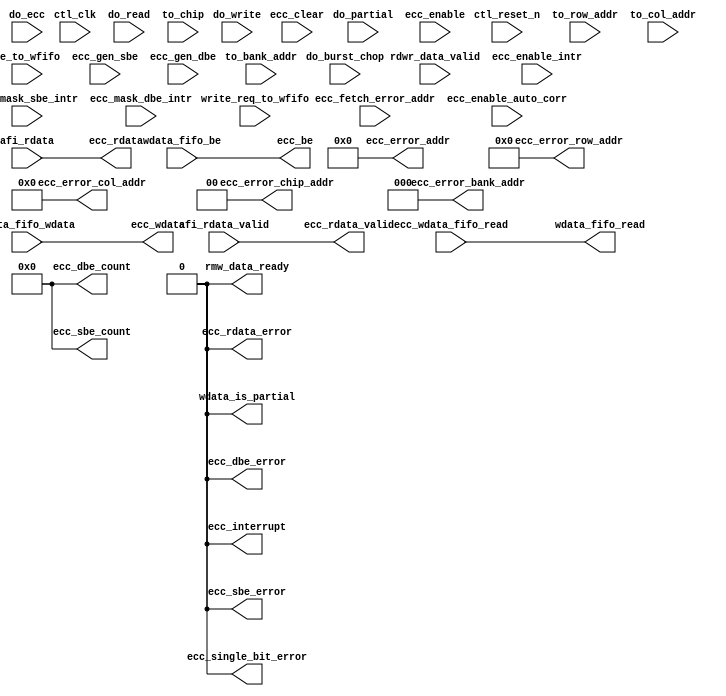
// (C) 2001-2011 Altera Corporation. All rights reserved.
// Your use of Altera Corporation's design tools, logic functions and other 
// software and tools, and its AMPP partner logic functions, and any output 
// files any of the foregoing (including device programming or simulation 
// files), and any associated documentation or information are expressly subject 
// to the terms and conditions of the Altera Program License Subscription 
// Agreement, Altera MegaCore Function License Agreement, or other applicable 
// license agreement, including, without limitation, that your use is for the 
// sole purpose of programming logic devices manufactured by Altera and sold by 
// Altera or its authorized distributors.  Please refer to the applicable 
// agreement for further details.




`timescale 1 ps / 1 ps

// altera message_off 10036 10230
module ddr2_v10_1_alt_ddrx_ecc #
    ( parameter
        LOCAL_DATA_WIDTH        = 128,
        DWIDTH_RATIO            = 2,
        CTL_ECC_ENABLED         = 0,
        CTL_ECC_RMW_ENABLED     = 0,
        CTL_ECC_CSR_ENABLED     = 0,
        CTL_ECC_MULTIPLES_40_72 = 1,
        CTL_ECC_RDATA_PATH_REGD = 0,            
        FAMILY                  = "Stratix",
        MEMORY_BURSTLENGTH      = 8,
        
        MEM_IF_CS_WIDTH         = 4,
        MEM_IF_CHIP_BITS        = 2,
        MEM_IF_ROW_WIDTH        = 13,
        MEM_IF_COL_WIDTH        = 10,
        MEM_IF_BA_WIDTH         = 3,
        MEM_IF_DQ_WIDTH         = 64
    )
    (
        ctl_clk,
        ctl_reset_n,
        
        do_read,                        
        do_write,
        do_ecc,                         
        do_partial,                     
        do_burst_chop,
        rdwr_data_valid,                
        ecc_fetch_error_addr,           
        to_chip,
        to_bank_addr,
        to_row_addr,
        to_col_addr,
        
        afi_rdata,
        afi_rdata_valid,
        
        ecc_wdata_fifo_read,
        
        write_req_to_wfifo,
        be_to_wfifo,
        
        wdata_fifo_be,                  
        wdata_fifo_wdata,
        
        ecc_enable,
        ecc_enable_auto_corr,
        ecc_gen_sbe,
        ecc_gen_dbe,
        ecc_enable_intr,
        ecc_mask_sbe_intr,
        ecc_mask_dbe_intr,
        ecc_clear,
        
        ecc_single_bit_error,
        ecc_error_chip_addr,
        ecc_error_bank_addr,
        ecc_error_row_addr,
        ecc_error_col_addr,
        rmw_data_ready,
        wdata_is_partial,
        
        ecc_interrupt,
        ecc_rdata_valid,
        ecc_rdata_error,
        ecc_rdata,
        ecc_be,
        ecc_wdata,
        
        wdata_fifo_read,
        
        ecc_sbe_error,
        ecc_dbe_error,
        ecc_sbe_count,
        ecc_dbe_count,
        ecc_error_addr
    );

localparam LOCAL_BE_WIDTH  = LOCAL_DATA_WIDTH / 8;
localparam ECC_DATA_WIDTH  = MEM_IF_DQ_WIDTH * DWIDTH_RATIO;
localparam ECC_BE_WIDTH    = ECC_DATA_WIDTH / 8;
localparam ECC_CODE_WIDTH  = 8; 

localparam NUMBER_OF_INSTANCE = DWIDTH_RATIO * CTL_ECC_MULTIPLES_40_72; 

localparam LOCAL_BE_PER_WORD_WIDTH   = (NUMBER_OF_INSTANCE != 0) ? (LOCAL_BE_WIDTH   / (NUMBER_OF_INSTANCE)) : 0;
localparam LOCAL_DATA_PER_WORD_WIDTH = (NUMBER_OF_INSTANCE != 0) ? (LOCAL_DATA_WIDTH / (NUMBER_OF_INSTANCE)) : 0;
localparam ECC_DATA_PER_WORD_WIDTH   = (NUMBER_OF_INSTANCE != 0) ? (ECC_DATA_WIDTH   / (NUMBER_OF_INSTANCE)) : 0;
localparam ECC_BE_PER_WORD_WIDTH     = (NUMBER_OF_INSTANCE != 0) ? (ECC_BE_WIDTH     / (NUMBER_OF_INSTANCE)) : 0;

localparam ADDR_FIFO_WIDTH = MEM_IF_CHIP_BITS + MEM_IF_BA_WIDTH + MEM_IF_ROW_WIDTH + MEM_IF_COL_WIDTH;

localparam RDWR_DATA_VALID_MAX_LENGTH = MEMORY_BURSTLENGTH / DWIDTH_RATIO;

input ctl_clk;
input ctl_reset_n;

input do_read;
input do_write;
input do_ecc;
input do_partial;
input do_burst_chop;
input rdwr_data_valid;
input ecc_fetch_error_addr;
input [MEM_IF_CS_WIDTH  - 1 : 0] to_chip;
input [MEM_IF_BA_WIDTH  - 1 : 0] to_bank_addr;
input [MEM_IF_ROW_WIDTH - 1 : 0] to_row_addr;
input [MEM_IF_COL_WIDTH - 1 : 0] to_col_addr;

input [ECC_DATA_WIDTH   - 1 : 0] afi_rdata;
input [DWIDTH_RATIO / 2 - 1 : 0] afi_rdata_valid;

input ecc_wdata_fifo_read;

input write_req_to_wfifo;
input [LOCAL_BE_WIDTH - 1 : 0] be_to_wfifo;

input [LOCAL_BE_WIDTH - 1 : 0]   wdata_fifo_be;
input [LOCAL_DATA_WIDTH - 1 : 0] wdata_fifo_wdata;

input ecc_enable;
input ecc_enable_auto_corr;
input ecc_gen_sbe;
input ecc_gen_dbe;
input ecc_enable_intr;
input ecc_mask_sbe_intr;
input ecc_mask_dbe_intr;
input ecc_clear;

output rmw_data_ready;
output ecc_single_bit_error;
output wdata_is_partial;
output [MEM_IF_CHIP_BITS - 1 : 0] ecc_error_chip_addr;
output [MEM_IF_BA_WIDTH  - 1 : 0] ecc_error_bank_addr;
output [MEM_IF_ROW_WIDTH - 1 : 0] ecc_error_row_addr;
output [MEM_IF_COL_WIDTH - 1 : 0] ecc_error_col_addr;

output ecc_interrupt;
output ecc_rdata_error;
output [DWIDTH_RATIO / 2 - 1 : 0] ecc_rdata_valid;
output [LOCAL_DATA_WIDTH - 1 : 0] ecc_rdata;
output [ECC_BE_WIDTH     - 1 : 0] ecc_be;
output [ECC_DATA_WIDTH   - 1 : 0] ecc_wdata;

output wdata_fifo_read;

output          ecc_sbe_error;
output          ecc_dbe_error;
output [7  : 0] ecc_sbe_count;
output [7  : 0] ecc_dbe_count;
output [31 : 0] ecc_error_addr;

wire rmw_data_ready;
wire ecc_single_bit_error;
wire wdata_is_partial;
wire [MEM_IF_CHIP_BITS - 1 : 0] ecc_error_chip_addr;
wire [MEM_IF_BA_WIDTH  - 1 : 0] ecc_error_bank_addr;
wire [MEM_IF_ROW_WIDTH - 1 : 0] ecc_error_row_addr;
wire [MEM_IF_COL_WIDTH - 1 : 0] ecc_error_col_addr;

wire ecc_interrupt;
wire ecc_rdata_error;
wire [DWIDTH_RATIO / 2 - 1 : 0] ecc_rdata_valid;
wire [LOCAL_DATA_WIDTH - 1 : 0] ecc_rdata;
wire [ECC_BE_WIDTH     - 1 : 0] ecc_be;
wire [ECC_DATA_WIDTH   - 1 : 0] ecc_wdata;

wire wdata_fifo_read;

wire          ecc_sbe_error;
wire          ecc_dbe_error;
wire [7  : 0] ecc_sbe_count;
wire [7  : 0] ecc_dbe_count;
wire [31 : 0] ecc_error_addr;

generate
    if (!CTL_ECC_ENABLED) 
    begin
        assign rmw_data_ready       = 0;
        assign ecc_single_bit_error = 0;
        assign ecc_error_chip_addr  = 0;
        assign ecc_error_bank_addr  = 0;
        assign ecc_error_row_addr   = 0;
        assign ecc_error_col_addr   = 0;
        assign wdata_is_partial     = 0;
        
        assign ecc_interrupt        = 0;
        assign ecc_rdata_valid      = afi_rdata_valid;
        assign ecc_rdata_error      = 0;
        assign ecc_rdata            = afi_rdata;
        assign ecc_be               = wdata_fifo_be;
        assign ecc_wdata            = wdata_fifo_wdata;
        
        assign wdata_fifo_read      = ecc_wdata_fifo_read;
        
        assign ecc_sbe_error        = 0;
        assign ecc_dbe_error        = 0;
        assign ecc_sbe_count        = 0;
        assign ecc_dbe_count        = 0;
        assign ecc_error_addr       = 0;
    end
    else 
    begin
        
        reg do_read_r1;
        reg do_read_r2;
        reg do_read_r3;
        reg do_burst_chop_r1;
        reg do_burst_chop_r2;
        reg do_burst_chop_r3;
        reg read_addr_fifo_rd;
        reg read_addr_fifo_wr;
        reg [ADDR_FIFO_WIDTH : 0] read_addr_fifo_wr_data;
        reg [ADDR_FIFO_WIDTH : 0] to_addr_r1;
        reg [ADDR_FIFO_WIDTH : 0] to_addr_r2;
        reg [ADDR_FIFO_WIDTH : 0] to_addr_r3;
        reg [2 : 0]               read_size_count;
        reg [2 : 0]               rdata_valid_count;
        
        wire scfifo_reset;
        
        wire read_addr_fifo_full;
        wire read_addr_fifo_empty;
        wire [ADDR_FIFO_WIDTH + 3 : 0] read_addr_fifo_rd_data; 
        
        reg  error_addr_fifo_wr;
        
        wire error_addr_fifo_rd;
        wire error_addr_fifo_full;
        wire error_addr_fifo_empty;
        wire [ADDR_FIFO_WIDTH - 1 : 0] error_addr_fifo_rd_data;
        wire [ADDR_FIFO_WIDTH - 1 : 0] error_addr_fifo_wr_data;
        
        reg  [LOCAL_DATA_WIDTH - 1 : 0] ecc_rdata_r1;
        
        reg  int_rmw_data_ready;
        reg  rmw_data_fifo_wr;
        reg  rmw_data_fifo_rd;
        reg  [NUMBER_OF_INSTANCE - 1 : 0]                  rmw_data_double_bit_error_r1;
        reg  [ECC_CODE_WIDTH * NUMBER_OF_INSTANCE - 1 : 0] rmw_data_ecc_code_r1;
        
        wire rmw_data_fifo_full;
        wire rmw_data_fifo_empty;
        wire [ECC_DATA_WIDTH + NUMBER_OF_INSTANCE - 1 : 0] rmw_data_fifo_rd_data;
        wire [ECC_DATA_WIDTH + NUMBER_OF_INSTANCE - 1 : 0] rmw_data_fifo_wr_data;
        wire [NUMBER_OF_INSTANCE                  - 1 : 0] rmw_data_double_bit_error;
        wire [ECC_CODE_WIDTH * NUMBER_OF_INSTANCE - 1 : 0] rmw_data_ecc_code;
        wire [NUMBER_OF_INSTANCE                  - 1 : 0] rmw_data_be;
        wire [LOCAL_DATA_WIDTH                    - 1 : 0] rmw_data;
        
        reg  [NUMBER_OF_INSTANCE - 1 : 0] int_single_bit_error;
        reg  [NUMBER_OF_INSTANCE - 1 : 0] int_double_bit_error;
        
        reg ecc_wdata_fifo_read_r1;
        reg ecc_wdata_fifo_read_r2;
        reg ecc_wdata_fifo_read_r3;
        
        reg int_afi_rdata_valid_r1; 
        
        reg afi_rdata_single_bit_error;
        
        reg [MEM_IF_CHIP_BITS - 1 : 0] to_chip_addr;
        
        reg [2 : 0] read_addr_fifo_read_size_count;
        
        reg int_ecc_rdata_valid;
        
        reg int_wdata_fifo_read;
        
        reg doing_partial_read;
        reg doing_partial_write;
        reg doing_partial_write_r1;
        reg doing_partial_write_r2;
        
        reg doing_ecc_read;
        reg doing_ecc_write;
        reg doing_ecc_write_r1;
        reg doing_ecc_write_r2;
        
        reg [LOCAL_DATA_WIDTH - 1 : 0] int_ecc_corrected_wdata;
        
        reg int_partial_write;
        
        reg int_ecc_interrupt;
        
        wire [NUMBER_OF_INSTANCE - 1 : 0] decoder_err_detected;
        wire [NUMBER_OF_INSTANCE - 1 : 0] decoder_err_corrected;
        wire [NUMBER_OF_INSTANCE - 1 : 0] decoder_err_fatal;
        
        wire zero = 1'b0;
        
        assign wdata_fifo_read = int_wdata_fifo_read;
        assign rmw_data_ready  = int_rmw_data_ready;
        assign ecc_rdata_valid = {{((DWIDTH_RATIO / 2) - 1){1'b0}}, int_ecc_rdata_valid};
        assign ecc_rdata_error = (ecc_enable) ? |decoder_err_fatal : 1'b0; 
        
        assign wdata_is_partial = int_partial_write;
        
        /*------------------------------------------------------------------------------
        
            AFI Read Data Path
        
        ------------------------------------------------------------------------------*/
        reg [ECC_DATA_WIDTH - 1 : 0] int_afi_rdata;
        reg [DWIDTH_RATIO/2 - 1 : 0] int_afi_rdata_valid;
        
        if (CTL_ECC_RDATA_PATH_REGD)
        begin
            always @ (posedge ctl_clk or negedge ctl_reset_n)
            begin
                if (!ctl_reset_n)
                begin
                    int_afi_rdata       <= 0;
                    int_afi_rdata_valid <= 0;
                end
                else
                begin
                    int_afi_rdata       <= afi_rdata;
                    int_afi_rdata_valid <= afi_rdata_valid;
                end
            end
        end
        else
        begin
            always @ (*)
            begin
                int_afi_rdata       = afi_rdata;
                int_afi_rdata_valid = afi_rdata_valid;
            end
        end
        
        /*------------------------------------------------------------------------------
        
            CSR Information
        
        ------------------------------------------------------------------------------*/
        reg          int_ecc_sbe_error;
        reg          int_ecc_dbe_error;
        reg [7  : 0] int_ecc_sbe_count;
        reg [7  : 0] int_ecc_dbe_count;
        reg [31 : 0] int_ecc_error_addr;
        
        if (!CTL_ECC_CSR_ENABLED) 
        begin
            assign ecc_sbe_error  = 0;
            assign ecc_dbe_error  = 0;
            assign ecc_sbe_count  = 0;
            assign ecc_dbe_count  = 0;
            assign ecc_error_addr = 0;
        end
        else
        begin
            assign ecc_sbe_error  = int_ecc_sbe_error;
            assign ecc_dbe_error  = int_ecc_dbe_error;
            assign ecc_sbe_count  = int_ecc_sbe_count;
            assign ecc_dbe_count  = int_ecc_dbe_count;
            assign ecc_error_addr = int_ecc_error_addr;
            
            always @ (posedge ctl_clk or negedge ctl_reset_n)
            begin
                if (!ctl_reset_n)
                begin
                    int_ecc_sbe_error <= 1'b0;
                    int_ecc_dbe_error <= 1'b0;
                end
                else
                begin
                    if (ecc_clear)
                        int_ecc_sbe_error <= 1'b0;
                    else if (|int_single_bit_error && int_afi_rdata_valid_r1)
                        int_ecc_sbe_error <= 1'b1;
                    
                    if (ecc_clear)
                        int_ecc_dbe_error <= 1'b0;
                    else if (|int_double_bit_error && int_afi_rdata_valid_r1)
                        int_ecc_dbe_error <= 1'b1;
                end
            end
            
            always @ (posedge ctl_clk or negedge ctl_reset_n)
            begin
                if (!ctl_reset_n)
                begin
                    int_ecc_sbe_count <= 0;
                    int_ecc_dbe_count <= 0;
                end
                else
                begin
                    if (ecc_clear)
                        int_ecc_sbe_count <= 0;
                    else if (|int_single_bit_error && int_afi_rdata_valid_r1) 
                        int_ecc_sbe_count <= int_ecc_sbe_count + 1;
                    
                    if (ecc_clear)
                        int_ecc_dbe_count <= 0;
                    else if (|int_double_bit_error && int_afi_rdata_valid_r1) 
                        int_ecc_dbe_count <= int_ecc_dbe_count + 1;
                end
            end
            
            always @ (posedge ctl_clk or negedge ctl_reset_n)
            begin
                if (!ctl_reset_n)
                begin
                    int_ecc_error_addr <= 0;
                end
                else
                begin
                    if (ecc_clear)
                        int_ecc_error_addr <= 0;
                    else if ((|int_single_bit_error || |int_double_bit_error) && int_afi_rdata_valid_r1) 
                        int_ecc_error_addr <= read_addr_fifo_rd_data [ADDR_FIFO_WIDTH - 1 : 0]; 
                end
            end
        end
        
        /*------------------------------------------------------------------------------
        
            Encoder and Decoder Instantiation
        
        ------------------------------------------------------------------------------*/
        reg [1 : 0] bit_error;
        reg [ECC_DATA_WIDTH - 1 : 0] int_afi_rdata_r1;
        
        always @ (posedge ctl_clk or negedge ctl_reset_n)
        begin
            if (!ctl_reset_n)
                bit_error <= 0;
            else
            begin
                if (ecc_gen_sbe)
                    bit_error <= 2'b01;
                else if (ecc_gen_dbe)
                    bit_error <= 2'b11;
                else
                    bit_error <= 2'b00;
            end
        end
        
        always @ (posedge ctl_clk or negedge ctl_reset_n)
        begin
            if (!ctl_reset_n)
                int_afi_rdata_r1 <= 0;
            else
                int_afi_rdata_r1 <= int_afi_rdata;
        end
        
        genvar z;
        for (z = 0;z < NUMBER_OF_INSTANCE;z = z + 1)
        begin : encoder_instantiation
            wire [LOCAL_DATA_PER_WORD_WIDTH                - 1 : 0] int_wdata_fifo_wdata;
            wire [LOCAL_DATA_PER_WORD_WIDTH                - 1 : 0] int_rmw_wdata;
            wire [ECC_DATA_PER_WORD_WIDTH                  - 1 : 0] int_ecc_wdata;
            wire [ECC_DATA_PER_WORD_WIDTH                  - 1 : 0] int_ecc_wdata_rmw;
            wire [LOCAL_BE_PER_WORD_WIDTH                  - 1 : 0] int_wdata_fifo_be;
            wire [LOCAL_DATA_PER_WORD_WIDTH                - 1 : 0] int_ecc_rdata;
            
            reg  [ECC_BE_PER_WORD_WIDTH                    - 1 : 0] int_ecc_be;
            reg  [ECC_CODE_WIDTH                           - 1 : 0] altered_ecc_code;
            reg  [LOCAL_DATA_PER_WORD_WIDTH                - 1 : 0] altered_ecc_rdata;
            reg  [ECC_DATA_PER_WORD_WIDTH - ECC_CODE_WIDTH - 1 : 0] altered_ecc_wdata;
            
            /*------------------------------------------------------------------------------
                Read Data
            ------------------------------------------------------------------------------*/
            assign ecc_rdata [(z + 1) * LOCAL_DATA_PER_WORD_WIDTH - 1 : z * LOCAL_DATA_PER_WORD_WIDTH] = altered_ecc_rdata;
            
            always @ (*)
            begin
                if (ecc_enable)
                    altered_ecc_rdata = int_ecc_rdata;
                else
                    altered_ecc_rdata = int_afi_rdata_r1 [(z + 1) * ECC_DATA_PER_WORD_WIDTH - ECC_CODE_WIDTH - 1 : z * ECC_DATA_PER_WORD_WIDTH];
            end
            
            /*------------------------------------------------------------------------------
                Write Data
            ------------------------------------------------------------------------------*/
            assign ecc_wdata [(z + 1) * ECC_DATA_PER_WORD_WIDTH - 1 : z * ECC_DATA_PER_WORD_WIDTH + LOCAL_DATA_PER_WORD_WIDTH] = altered_ecc_code;
            
            assign ecc_wdata [(z + 1) * ECC_DATA_PER_WORD_WIDTH - ECC_CODE_WIDTH - 1 : z * ECC_DATA_PER_WORD_WIDTH]            = altered_ecc_wdata;
            
            assign ecc_be    [(z + 1) * ECC_BE_PER_WORD_WIDTH - 1 : z * ECC_BE_PER_WORD_WIDTH]                                 = int_ecc_be;
            
            always @ (*)
            begin
                if (CTL_ECC_RMW_ENABLED && doing_ecc_write_r2)
                    altered_ecc_wdata = {int_ecc_wdata_rmw [ECC_DATA_PER_WORD_WIDTH - ECC_CODE_WIDTH - 1 : 2], (bit_error [1] ^ int_ecc_wdata_rmw [1]), (bit_error [0] ^ int_ecc_wdata_rmw [0])};
                else if (doing_partial_write_r2)
                    altered_ecc_wdata = {int_ecc_wdata_rmw [ECC_DATA_PER_WORD_WIDTH - ECC_CODE_WIDTH - 1 : 2], (bit_error [1] ^ int_ecc_wdata_rmw [1]), (bit_error [0] ^ int_ecc_wdata_rmw [0])};
                else
                    altered_ecc_wdata = {int_ecc_wdata [ECC_DATA_PER_WORD_WIDTH - ECC_CODE_WIDTH - 1 : 2], (bit_error [1] ^ int_ecc_wdata [1]), (bit_error [0] ^ int_ecc_wdata [0])};
            end
            
            always @ (*)
            begin
                if (CTL_ECC_RMW_ENABLED && doing_ecc_write_r2)
                begin
                    if (rmw_data_double_bit_error_r1 [z]) 
                        altered_ecc_code = rmw_data_ecc_code_r1 [(z + 1) * ECC_CODE_WIDTH - 1 : z * ECC_CODE_WIDTH];
                    else
                        altered_ecc_code = int_ecc_wdata_rmw [ECC_DATA_PER_WORD_WIDTH - 1 : LOCAL_DATA_PER_WORD_WIDTH];
                end
                else if (doing_partial_write_r2)
                    altered_ecc_code = int_ecc_wdata_rmw [ECC_DATA_PER_WORD_WIDTH - 1 : LOCAL_DATA_PER_WORD_WIDTH];
                else
                    altered_ecc_code = int_ecc_wdata [ECC_DATA_PER_WORD_WIDTH - 1 : LOCAL_DATA_PER_WORD_WIDTH];
            end
            
            assign int_rmw_wdata        = rmw_data [(z + 1) * LOCAL_DATA_PER_WORD_WIDTH - 1 : z * LOCAL_DATA_PER_WORD_WIDTH];
            
            assign int_wdata_fifo_wdata = wdata_fifo_wdata [(z + 1) * LOCAL_DATA_PER_WORD_WIDTH - 1 : z * LOCAL_DATA_PER_WORD_WIDTH];
            
            assign int_wdata_fifo_be    = wdata_fifo_be [(z + 1) * LOCAL_BE_PER_WORD_WIDTH - 1 : z * LOCAL_BE_PER_WORD_WIDTH];
            
            always @ (posedge ctl_clk or negedge ctl_reset_n)
            begin
                if (!ctl_reset_n)
                begin
                    int_ecc_be <= 0;
                end
                else
                begin
                    if (ecc_enable)
                    begin
                        int_ecc_be <= {ECC_BE_PER_WORD_WIDTH{1'b1}};
                    end
                    else
                        int_ecc_be <= {{(ECC_BE_PER_WORD_WIDTH - LOCAL_BE_PER_WORD_WIDTH){1'b0}}, int_wdata_fifo_be};
                end
            end
            
            
            ddr2_v10_1_alt_ddrx_encoder # (
                .INPUT_DATA_WIDTH  (LOCAL_DATA_PER_WORD_WIDTH),
                .OUTPUT_DATA_WIDTH (ECC_DATA_PER_WORD_WIDTH)
            ) encoder_corrected_inst (
                .ctl_clk     (ctl_clk),
                .input_data  (int_rmw_wdata),
                .output_data (int_ecc_wdata_rmw)
            );
            
            ddr2_v10_1_alt_ddrx_encoder # (
                .INPUT_DATA_WIDTH  (LOCAL_DATA_PER_WORD_WIDTH),
                .OUTPUT_DATA_WIDTH (ECC_DATA_PER_WORD_WIDTH)
            ) encoder_inst (
                .ctl_clk     (ctl_clk),
                .input_data  (int_wdata_fifo_wdata),
                .output_data (int_ecc_wdata)
            );
            
            ddr2_v10_1_alt_ddrx_decoder # (
                .INPUT_DATA_WIDTH  (ECC_DATA_PER_WORD_WIDTH),
                .OUTPUT_DATA_WIDTH (LOCAL_DATA_PER_WORD_WIDTH)
            ) decoder_inst (
                .ctl_clk       (ctl_clk),
                .input_data    (int_afi_rdata [(z + 1) * ECC_DATA_PER_WORD_WIDTH - 1 : z * ECC_DATA_PER_WORD_WIDTH]),
                .err_corrected (decoder_err_corrected [z]),
                .err_detected  (decoder_err_detected [z]),
                .err_fatal     (decoder_err_fatal [z]),
                .output_data   (int_ecc_rdata)
            );
            
            always @ (*)
            begin
                if (decoder_err_detected [z] && ecc_enable)
                begin
                    if (decoder_err_corrected [z])
                    begin
                        int_single_bit_error [z] = 1'b1;
                        int_double_bit_error [z] = 1'b0;
                    end
                    else if (decoder_err_fatal [z])
                    begin
                        int_single_bit_error [z] = 1'b0;
                        int_double_bit_error [z] = 1'b1;
                    end
                    else
                    begin
                        int_single_bit_error [z] = 1'b0;
                        int_double_bit_error [z] = 1'b0;
                    end
                end
                else
                begin
                    int_single_bit_error [z] = 1'b0;
                    int_double_bit_error [z] = 1'b0;
                end
            end
        end
        
        /*------------------------------------------------------------------------------
        
            Partial Information
        
        ------------------------------------------------------------------------------*/
        always @ (*)
        begin
            if (ecc_enable)
            begin
                if (be_to_wfifo == {LOCAL_BE_WIDTH{1'b1}})
                    int_partial_write = 1'b0;
                else
                    int_partial_write = 1'b1;
            end
            else
                int_partial_write = 1'b0;
        end
        
        /*------------------------------------------------------------------------------
        
            Address FIFO
        
        ------------------------------------------------------------------------------*/
        assign scfifo_reset = !ctl_reset_n; 
        
        if (MEM_IF_CS_WIDTH == 1)
        begin
            always @ (*)
            begin
                to_chip_addr = zero;
            end
        end
        else if (MEM_IF_CS_WIDTH == 2)
        begin
            always @ (*)
            begin
                if (to_chip [0])
                    to_chip_addr = 1'b0;
                else if (to_chip [1])
                    to_chip_addr = 1'b1;
                else
                    to_chip_addr = 1'b0;
            end
        end
        else if (MEM_IF_CS_WIDTH == 4)
        begin
            always @ (*)
            begin
                if (to_chip [0])
                    to_chip_addr = 2'b00;
                else if (to_chip [1])
                    to_chip_addr = 2'b01;
                else if (to_chip [2])
                    to_chip_addr = 2'b10;
                else if (to_chip [3])
                    to_chip_addr = 2'b11;
                else
                    to_chip_addr = 2'b00;
            end
        end
        else if (MEM_IF_CS_WIDTH == 8)
        begin
            always @ (*)
            begin
                if (to_chip [0])
                    to_chip_addr = 3'b000;
                else if (to_chip [1])
                    to_chip_addr = 3'b001;
                else if (to_chip [2])
                    to_chip_addr = 3'b010;
                else if (to_chip [3])
                    to_chip_addr = 3'b011;
                else if (to_chip [4])
                    to_chip_addr = 3'b100;
                else if (to_chip [5])
                    to_chip_addr = 3'b101;
                else if (to_chip [6])
                    to_chip_addr = 3'b110;
                else if (to_chip [7])
                    to_chip_addr = 3'b111;
                else
                    to_chip_addr = 3'b000;
            end
        end
        
        /*------------------------------------------------------------------------------
            Read Address FIFO
        ------------------------------------------------------------------------------*/
        always @ (*)
        begin
            if (read_addr_fifo_full)
            begin
				// synthesis translate_off
                $write($time);
                $write(" DDRX ECC Warning: Read address fifo overflow\n");
				// synthesis translate_on
            end
        end
        
        always @ (posedge ctl_clk or negedge ctl_reset_n)
        begin
            if (!ctl_reset_n)
            begin
                do_burst_chop_r1 <= 1'b0;
                do_burst_chop_r2 <= 1'b0;
                do_burst_chop_r3 <= 1'b0;
            end
            else
            begin
                do_burst_chop_r1 <= do_burst_chop;
                do_burst_chop_r2 <= do_burst_chop_r1;
                do_burst_chop_r3 <= do_burst_chop_r2;
            end
        end
        
        always @ (posedge ctl_clk or negedge ctl_reset_n)
        begin
            if (!ctl_reset_n)
            begin
                do_read_r1 <= 1'b0;
                do_read_r2 <= 1'b0;
                do_read_r3 <= 1'b0;
            end
            else
            begin
                do_read_r1 <= do_read;
                do_read_r2 <= do_read_r1;
                do_read_r3 <= do_read_r2;
            end
        end
        
        always @ (posedge ctl_clk or negedge ctl_reset_n)
        begin
            if (!ctl_reset_n)
            begin
                read_size_count <= 0;
            end
            else
            begin
                if (do_read && rdwr_data_valid) 
                    read_size_count <= 1'b1;
                else if (do_read && !rdwr_data_valid) 
                    read_size_count <= 1'b0;
                else
                begin
                    if (RDWR_DATA_VALID_MAX_LENGTH == 4) 
                    begin
                        if (do_read_r1 && rdwr_data_valid)
                            read_size_count <= read_size_count + 1'b1;
                        else if (do_read_r2 && !do_burst_chop_r2 && rdwr_data_valid) 
                            read_size_count <= read_size_count + 1'b1;
                        else if (do_read_r3 && !do_burst_chop_r3 && rdwr_data_valid) 
                            read_size_count <= read_size_count + 1'b1;
                    end
                    else if (RDWR_DATA_VALID_MAX_LENGTH == 2) 
                    begin
                        if (do_read_r1 && !do_burst_chop_r1 && rdwr_data_valid) 
                            read_size_count <= read_size_count + 1'b1;
                    end
                end
            end
        end
        
        always @ (posedge ctl_clk or negedge ctl_reset_n)
        begin
            if (!ctl_reset_n)
            begin
                to_addr_r1 <= 0;
                to_addr_r2 <= 0;
                to_addr_r3 <= 0;
            end
            else
            begin
                to_addr_r1 <= {(do_ecc | do_partial), to_chip_addr, to_bank_addr, to_row_addr, to_col_addr}; 
                to_addr_r2 <= to_addr_r1;
                to_addr_r3 <= to_addr_r2;
            end
        end
        
        always @ (posedge ctl_clk or negedge ctl_reset_n)
        begin
            if (!ctl_reset_n)
            begin
                read_addr_fifo_wr      <= 1'b0;
                read_addr_fifo_wr_data <= 0;
            end
            else
            begin
                if (RDWR_DATA_VALID_MAX_LENGTH == 2) 
                begin
                    read_addr_fifo_wr      <= do_read_r1;
                    read_addr_fifo_wr_data <= to_addr_r1;
                end
                else if (RDWR_DATA_VALID_MAX_LENGTH == 4) 
                begin
                    read_addr_fifo_wr      <= do_read_r3;
                    read_addr_fifo_wr_data <= to_addr_r3;
                end
            end
        end
        
        always @ (posedge ctl_clk or negedge ctl_reset_n)
        begin
            if (!ctl_reset_n)
            begin
                rdata_valid_count <= 0;
            end
            else
            begin
                if (int_afi_rdata_valid [0] && read_addr_fifo_rd) 
                    rdata_valid_count <= 1'b1;
                else if (int_afi_rdata_valid [0])
                    rdata_valid_count <= rdata_valid_count + 1'b1;
                else
                    rdata_valid_count <= 0;
            end
        end
        
        always @ (*)
        begin
            if (rdata_valid_count != 0)
            begin
                if (rdata_valid_count == read_addr_fifo_rd_data [ADDR_FIFO_WIDTH + 3 : ADDR_FIFO_WIDTH + 1])
                    read_addr_fifo_rd = 1'b1;
                else
                    read_addr_fifo_rd = 1'b0;
            end
            else
                read_addr_fifo_rd = 1'b0;
        end
        
        /*
        reg [31 : 0] read_addr_fifo_rd_cnt;
        reg [31 : 0] read_addr_fifo_wr_cnt;
        
        always @ (posedge ctl_clk or negedge ctl_reset_n)
        begin
            if (!ctl_reset_n)
            begin
                read_addr_fifo_rd_cnt <= 0;
                read_addr_fifo_wr_cnt <= 0;
            end
            else
            begin
                if (read_addr_fifo_rd)
                    read_addr_fifo_rd_cnt <= read_addr_fifo_rd_cnt + 1'b1;
                
                if (read_addr_fifo_wr)
                    read_addr_fifo_wr_cnt <= read_addr_fifo_wr_cnt + 1'b1;
            end
        end
        */
        /*
        reg [31 : 0] ecc_read_count;
        reg [31 : 0] ecc_write_count;
        
        always @ (posedge ctl_clk or negedge ctl_reset_n)
        begin
            if (!ctl_reset_n)
            begin
                ecc_read_count  <= 0;
                ecc_write_count <= 0;
            end
            else
            begin
                if (do_ecc && do_read)
                    ecc_read_count <= ecc_read_count + 1'b1;
                
                if (do_ecc && do_write)
                    ecc_write_count <= ecc_write_count + 1'b1;
            end
        end
        */
        
        (* message_disable = "14320" *) scfifo #
            (
                .intended_device_family  (FAMILY),
                .lpm_width               (ADDR_FIFO_WIDTH + 4),         
                .lpm_numwords            (16),                          
                .lpm_widthu              (4),                           
                .almost_full_value       (16 - 4),                      
                .lpm_type                ("scfifo"),
                .lpm_showahead           ("ON"),                        
                .overflow_checking       ("OFF"),
                .underflow_checking      ("OFF"),
                .use_eab                 ("ON"),
                .add_ram_output_register ("ON")
            )
            read_addr_fifo
            (
                .rdreq                   (read_addr_fifo_rd),
                .aclr                    (scfifo_reset),
                .clock                   (ctl_clk),
                .wrreq                   (read_addr_fifo_wr),
                .data                    ({read_size_count, read_addr_fifo_wr_data}),
                .full                    (read_addr_fifo_full),
                .q                       (read_addr_fifo_rd_data),
                .sclr                    (1'b0),
                .usedw                   (),
                .empty                   (read_addr_fifo_empty),
                .almost_full             (),
                .almost_empty            ()
           );
        
        /*------------------------------------------------------------------------------
        
            RMW Data FIFO
        
        ------------------------------------------------------------------------------*/
        
        always @ (posedge ctl_clk or negedge ctl_reset_n)
        begin
            if (!ctl_reset_n)
                ecc_rdata_r1 <= 0;
            else
                ecc_rdata_r1 <= ecc_rdata;
        end
        
        always @ (posedge ctl_clk or negedge ctl_reset_n)
        begin
            if (!ctl_reset_n)
            begin
                rmw_data_fifo_wr <= 1'b0;
            end
            else
            begin
                if (CTL_ECC_RMW_ENABLED && int_afi_rdata_valid_r1 && doing_ecc_read && read_addr_fifo_rd_data [ADDR_FIFO_WIDTH]) 
                    rmw_data_fifo_wr <= 1'b1;
                else if (int_afi_rdata_valid_r1 && doing_partial_read && read_addr_fifo_rd_data [ADDR_FIFO_WIDTH]) 
                    rmw_data_fifo_wr <= 1'b1;
                else
                    rmw_data_fifo_wr <= 1'b0;
            end
        end
        
        always @ (*)
        begin
            if (CTL_ECC_RMW_ENABLED && doing_ecc_write && ecc_wdata_fifo_read)
                rmw_data_fifo_rd = 1'b1;
            else if (doing_partial_write && ecc_wdata_fifo_read)
                rmw_data_fifo_rd = 1'b1;
            else
                rmw_data_fifo_rd = 1'b0;
        end
        
        genvar y;
        for (y = 0;y < NUMBER_OF_INSTANCE;y = y + 1)
        begin : ecc_code_per_word
            reg [ECC_CODE_WIDTH            - 1 : 0] original_ecc_code;
            reg [LOCAL_DATA_PER_WORD_WIDTH - 1 : 0] int_ecc_rdata_masked;
            reg [LOCAL_DATA_PER_WORD_WIDTH - 1 : 0] int_ecc_rdata;
            reg [LOCAL_BE_PER_WORD_WIDTH   - 1 : 0] int_wdata_fifo_be;
            reg [LOCAL_DATA_PER_WORD_WIDTH - 1 : 0] int_wdata_fifo_wdata;
            reg                                     int_double_bit_error_r1;
            
            /*------------------------------------------------------------------------------
                Inputs
            ------------------------------------------------------------------------------*/
            assign rmw_data_fifo_wr_data [(y + 1) * (ECC_DATA_PER_WORD_WIDTH + 1) - 1 : y * (ECC_DATA_PER_WORD_WIDTH + 1)] = {int_double_bit_error_r1, original_ecc_code, int_ecc_rdata_masked};
            
            always @ (*)
            begin
                int_ecc_rdata        = ecc_rdata_r1     [(y + 1) * LOCAL_DATA_PER_WORD_WIDTH - 1 : y * LOCAL_DATA_PER_WORD_WIDTH];
                int_wdata_fifo_be    = wdata_fifo_be    [(y + 1) * LOCAL_BE_PER_WORD_WIDTH   - 1 : y * LOCAL_BE_PER_WORD_WIDTH];
                int_wdata_fifo_wdata = wdata_fifo_wdata [(y + 1) * LOCAL_DATA_PER_WORD_WIDTH - 1 : y * LOCAL_DATA_PER_WORD_WIDTH];
            end
            
            always @ (posedge ctl_clk or negedge ctl_reset_n)
            begin
                if (!ctl_reset_n)
                    int_double_bit_error_r1 <= 1'b0;
                else
                    int_double_bit_error_r1 <= int_double_bit_error [y];
            end
            
            genvar i;
            for (i = 0;i < LOCAL_BE_PER_WORD_WIDTH;i = i + 1)
            begin : wdata_mask_per_byte_enable
                always @ (*)
                begin
                    if (doing_partial_read)
                    begin
                        if (int_wdata_fifo_be [i]) 
                            int_ecc_rdata_masked [(i + 1) * 8 - 1 : i * 8] = int_wdata_fifo_wdata [(i + 1) * 8 - 1 : i * 8];
                        else 
                            int_ecc_rdata_masked [(i + 1) * 8 - 1 : i * 8] = int_ecc_rdata [(i + 1) * 8 - 1 : i * 8];
                    end
                    else
                        int_ecc_rdata_masked [(i + 1) * 8 - 1 : i * 8] = int_ecc_rdata [(i + 1) * 8 - 1 : i * 8];
                end
            end
            
            
            always @ (posedge ctl_clk or negedge ctl_reset_n)
            begin
                if (!ctl_reset_n)
                    original_ecc_code <= 0;
                else
                    original_ecc_code <= int_afi_rdata_r1 [(y + 1) * ECC_DATA_PER_WORD_WIDTH - 1 : (y * ECC_DATA_PER_WORD_WIDTH) + (ECC_DATA_PER_WORD_WIDTH - ECC_CODE_WIDTH)];
            end
            
            /*------------------------------------------------------------------------------
                Outputs
            ------------------------------------------------------------------------------*/
            assign rmw_data_double_bit_error [y]                                                      = rmw_data_fifo_rd_data [(y + 1) * (ECC_DATA_PER_WORD_WIDTH + 1) - 1];
            assign rmw_data_ecc_code [(y + 1) * ECC_CODE_WIDTH - 1 : y * ECC_CODE_WIDTH]              = rmw_data_fifo_rd_data [(y + 1) * (ECC_DATA_PER_WORD_WIDTH + 1) - 2 : y * (ECC_DATA_PER_WORD_WIDTH + 1) + LOCAL_DATA_PER_WORD_WIDTH];
            assign rmw_data [(y + 1) * LOCAL_DATA_PER_WORD_WIDTH - 1 : y * LOCAL_DATA_PER_WORD_WIDTH] = rmw_data_fifo_rd_data [(y + 1) * (ECC_DATA_PER_WORD_WIDTH + 1) - ECC_CODE_WIDTH - 2 : y * (ECC_DATA_PER_WORD_WIDTH + 1)];
        end
        
        always @ (posedge ctl_clk or negedge ctl_reset_n)
        begin
            if (!ctl_reset_n)
            begin
                rmw_data_double_bit_error_r1 <= 0;
                rmw_data_ecc_code_r1         <= 0;
            end
            else
            begin
                rmw_data_double_bit_error_r1 <= rmw_data_double_bit_error;
                rmw_data_ecc_code_r1         <= rmw_data_ecc_code;
            end
        end
        
        (* message_disable = "14320" *) scfifo #
            (
                .intended_device_family  (FAMILY),
                .lpm_width               (ECC_DATA_WIDTH + NUMBER_OF_INSTANCE),           
                .lpm_numwords            (4),                                             
                .lpm_widthu              (2),                                             
                .almost_full_value       (4 - 2),                                         
                .lpm_type                ("scfifo"),
                .lpm_showahead           ("OFF"),
                .overflow_checking       ("OFF"),
                .underflow_checking      ("OFF"),
                .use_eab                 ("ON"),
                .add_ram_output_register ("ON")
            )
            rmw_data_fifo
            (
                .rdreq                   (rmw_data_fifo_rd),
                .aclr                    (scfifo_reset),
                .clock                   (ctl_clk),
                .wrreq                   (rmw_data_fifo_wr),
                .data                    (rmw_data_fifo_wr_data),
                .full                    (rmw_data_fifo_full),
                .q                       (rmw_data_fifo_rd_data),
                .sclr                    (1'b0),
                .usedw                   (),
                .empty                   (rmw_data_fifo_empty),
                .almost_full             (),
                .almost_empty            ()
           );
        
        /*------------------------------------------------------------------------------
            rmw_data_ready
        ------------------------------------------------------------------------------*/
        always @ (*)
        begin
            if (doing_ecc_write || doing_partial_write)
                int_rmw_data_ready = 1'b0;
            else
                int_rmw_data_ready = !rmw_data_fifo_empty;
        end
        
        /*------------------------------------------------------------------------------
        
            Others
        
        ------------------------------------------------------------------------------*/
        
        /*------------------------------------------------------------------------------
            wdata fifo read
        ------------------------------------------------------------------------------*/
        
        always @ (*)
        begin
            if (CTL_ECC_RMW_ENABLED && doing_ecc_write) 
                int_wdata_fifo_read = 1'b0; 
            else if (doing_partial_write)
                int_wdata_fifo_read = 1'b0; 
            else if (doing_partial_read && int_afi_rdata_valid_r1 && read_addr_fifo_rd_data [ADDR_FIFO_WIDTH]) 
                int_wdata_fifo_read = 1'b1; 
            else
                int_wdata_fifo_read = ecc_wdata_fifo_read;
        end
        
        always @ (posedge ctl_clk or negedge ctl_reset_n)
        begin
            if (!ctl_reset_n)
            begin
                ecc_wdata_fifo_read_r1 <= 1'b0;
                ecc_wdata_fifo_read_r2 <= 1'b0;
                ecc_wdata_fifo_read_r3 <= 1'b0;
            end
            else
            begin
                ecc_wdata_fifo_read_r1 <= ecc_wdata_fifo_read;
                ecc_wdata_fifo_read_r2 <= ecc_wdata_fifo_read_r1;
                ecc_wdata_fifo_read_r3 <= ecc_wdata_fifo_read_r2;
            end
        end
        
        /*------------------------------------------------------------------------------
            doing partial read write
        ------------------------------------------------------------------------------*/
        always @ (posedge ctl_clk or negedge ctl_reset_n)
        begin
            if (!ctl_reset_n)
            begin
                read_addr_fifo_read_size_count <= 0;
            end
            else
            begin
                if (read_addr_fifo_rd)
                begin
                    read_addr_fifo_read_size_count <= read_addr_fifo_rd_data [ADDR_FIFO_WIDTH + 3 : ADDR_FIFO_WIDTH + 1];
                end
            end
        end
        
        always @ (posedge ctl_clk or negedge ctl_reset_n)
        begin
            if (!ctl_reset_n)
            begin
                doing_partial_write <= 1'b0;
            end
            else
            begin
                if (do_write && do_partial)
                    doing_partial_write <= 1'b1;
                else if (read_addr_fifo_read_size_count == 1 && ecc_wdata_fifo_read)    
                    doing_partial_write <= 1'b0;
                else if (read_addr_fifo_read_size_count == 2 && ecc_wdata_fifo_read_r1) 
                    doing_partial_write <= 1'b0;
                else if (read_addr_fifo_read_size_count == 3 && ecc_wdata_fifo_read_r2) 
                    doing_partial_write <= 1'b0;
                else if (ecc_wdata_fifo_read_r3) 
                    doing_partial_write <= 1'b0;
            end
        end
        
        always @ (posedge ctl_clk or negedge ctl_reset_n)
        begin
            if (!ctl_reset_n)
            begin
                doing_partial_write_r1 <= 1'b0;
                doing_partial_write_r2 <= 1'b0;
            end
            else
            begin
                doing_partial_write_r1 <= doing_partial_write;
                doing_partial_write_r2 <= doing_partial_write_r1;
            end
        end
        
        always @ (posedge ctl_clk or negedge ctl_reset_n)
        begin
            if (!ctl_reset_n)
            begin
                doing_partial_read <= 1'b0;
            end
            else
            begin
                if (do_read && do_partial)
                    doing_partial_read <= 1'b1;
                else if (do_write && do_partial) 
                    doing_partial_read <= 1'b0;
            end
        end
        
        /*------------------------------------------------------------------------------
            ecc rdata valid
        ------------------------------------------------------------------------------*/
        always @ (*)
        begin
            if (CTL_ECC_RMW_ENABLED && int_afi_rdata_valid_r1 && doing_ecc_read && read_addr_fifo_rd_data [ADDR_FIFO_WIDTH]) 
                int_ecc_rdata_valid = 1'b0;
            else if (int_afi_rdata_valid_r1 && doing_partial_read && read_addr_fifo_rd_data [ADDR_FIFO_WIDTH]) 
                int_ecc_rdata_valid = 1'b0;
            else
                int_ecc_rdata_valid = int_afi_rdata_valid_r1;
        end
        
        always @ (posedge ctl_clk or negedge ctl_reset_n)
        begin
            if (!ctl_reset_n)
            begin
                int_afi_rdata_valid_r1 <= 1'b0;
            end
            else
            begin
                int_afi_rdata_valid_r1 <= int_afi_rdata_valid [0];
            end
        end
        
        /*------------------------------------------------------------------------------
            ECC Interrupt
        ------------------------------------------------------------------------------*/
        assign ecc_interrupt = int_ecc_interrupt;
        
        always @ (posedge ctl_clk or negedge ctl_reset_n)
        begin
            if (!ctl_reset_n)
                int_ecc_interrupt <= 1'b0;
            else
            begin
                if (!ecc_clear) 
                begin
                    if (ecc_enable_intr)
                    begin
                        if ((!ecc_mask_sbe_intr && |int_single_bit_error && int_afi_rdata_valid_r1) || (!ecc_mask_dbe_intr && |int_double_bit_error && int_afi_rdata_valid_r1)) 
                        begin
                            int_ecc_interrupt <= 1'b1;
                        end
                    end
                    else
                        int_ecc_interrupt <= 1'b0;
                end
                else
                    int_ecc_interrupt <= 1'b0;
            end
        end
        
        /*------------------------------------------------------------------------------
        
            Auto Correction Specifics
        
        ------------------------------------------------------------------------------*/
        if (!CTL_ECC_RMW_ENABLED)
        begin
            assign ecc_single_bit_error = 0;
            
            assign ecc_error_chip_addr  = 0;
            assign ecc_error_bank_addr  = 0;
            assign ecc_error_row_addr   = 0;
            assign ecc_error_col_addr   = 0;
        end
        else
        begin
            assign ecc_single_bit_error = !error_addr_fifo_empty;
            
            assign ecc_error_chip_addr = error_addr_fifo_rd_data [ADDR_FIFO_WIDTH - 1 : MEM_IF_BA_WIDTH + MEM_IF_ROW_WIDTH + MEM_IF_COL_WIDTH];
            assign ecc_error_bank_addr = error_addr_fifo_rd_data [MEM_IF_BA_WIDTH + MEM_IF_ROW_WIDTH + MEM_IF_COL_WIDTH - 1 : MEM_IF_ROW_WIDTH + MEM_IF_COL_WIDTH];
            assign ecc_error_row_addr  = error_addr_fifo_rd_data [MEM_IF_ROW_WIDTH + MEM_IF_COL_WIDTH - 1 : MEM_IF_COL_WIDTH];
            assign ecc_error_col_addr  = error_addr_fifo_rd_data [MEM_IF_COL_WIDTH - 1 : 0];
            
            /*------------------------------------------------------------------------------
            
                Error Address FIFO
            
            ------------------------------------------------------------------------------*/
            assign error_addr_fifo_rd      = ecc_fetch_error_addr;
            assign error_addr_fifo_wr_data = read_addr_fifo_rd_data [ADDR_FIFO_WIDTH - 1 : 0];
            
            always @ (*)
            begin
                if (ecc_enable_auto_corr) 
                begin
                    if (read_addr_fifo_rd && (|int_single_bit_error || afi_rdata_single_bit_error) && !read_addr_fifo_rd_data [ADDR_FIFO_WIDTH]) 
                        error_addr_fifo_wr = 1'b1;
                    else
                        error_addr_fifo_wr = 1'b0;
                end
                else
                    error_addr_fifo_wr = 1'b0;
            end
            
            always @ (*)
            begin
                if (error_addr_fifo_full)
                begin
					// synthesis translate_off
                    $write($time);
                    $write(" DDRX ECC Warning: Read address fifo overflow\n");
					// synthesis translate_on
                end
            end
            
            scfifo #
                (
                    .intended_device_family  (FAMILY),
                    .lpm_width               (ADDR_FIFO_WIDTH),
                    .lpm_numwords            (128),                         
                    .lpm_widthu              (7),                           
                    .almost_full_value       (16 - 4),                      
                    .lpm_type                ("scfifo"),
                    .lpm_showahead           ("ON"),
                    .overflow_checking       ("OFF"),
                    .underflow_checking      ("OFF"),
                    .use_eab                 ("ON"),
                    .add_ram_output_register ("ON")
                )
                error_addr_fifo
                (
                    .rdreq                   (error_addr_fifo_rd),
                    .aclr                    (scfifo_reset),
                    .clock                   (ctl_clk),
                    .wrreq                   (error_addr_fifo_wr),
                    .data                    (error_addr_fifo_wr_data),
                    .full                    (error_addr_fifo_full),
                    .q                       (error_addr_fifo_rd_data),
                    .sclr                    (1'b0),
                    .usedw                   (),
                    .empty                   (error_addr_fifo_empty),
                    .almost_full             (),
                    .almost_empty            ()
               );
            
            /*------------------------------------------------------------------------------
            
                Others
            
            ------------------------------------------------------------------------------*/
            
            /*------------------------------------------------------------------------------
                doing ecc read write
            ------------------------------------------------------------------------------*/
            always @ (posedge ctl_clk or negedge ctl_reset_n)
            begin
                if (!ctl_reset_n)
                begin
                    doing_ecc_write <= 1'b0;
                end
                else
                begin
                    if (do_write && do_ecc)
                        doing_ecc_write <= 1'b1;
                    else if (RDWR_DATA_VALID_MAX_LENGTH == 4 && ecc_wdata_fifo_read && ecc_wdata_fifo_read_r3) 
                        doing_ecc_write <= 1'b0;
                    else if (RDWR_DATA_VALID_MAX_LENGTH == 2 && ecc_wdata_fifo_read && ecc_wdata_fifo_read_r1) 
                        doing_ecc_write <= 1'b0;
                end
            end
            
            always @ (posedge ctl_clk or negedge ctl_reset_n)
            begin
                if (!ctl_reset_n)
                begin
                    doing_ecc_write_r1 <= 1'b0;
                    doing_ecc_write_r2 <= 1'b0;
                end
                else
                begin
                    doing_ecc_write_r1 <= doing_ecc_write;
                    doing_ecc_write_r2 <= doing_ecc_write_r1;
                end
            end
            
            always @ (posedge ctl_clk or negedge ctl_reset_n)
            begin
                if (!ctl_reset_n)
                begin
                    doing_ecc_read <= 1'b0;
                end
                else
                begin
                    if (do_read && do_ecc && !do_partial) 
                        doing_ecc_read <= 1'b1;
                    else if (do_write && do_ecc) 
                        doing_ecc_read <= 1'b0;
                end
            end
            
            /*------------------------------------------------------------------------------
                afi rdata single bit error
            ------------------------------------------------------------------------------*/
            always @ (posedge ctl_clk or negedge ctl_reset_n)
            begin
                if (!ctl_reset_n)
                begin
                    afi_rdata_single_bit_error <= 1'b0;
                end
                else
                begin
                    if (read_addr_fifo_rd) 
                        afi_rdata_single_bit_error <= 1'b0;
                    else if (|int_single_bit_error && int_afi_rdata_valid_r1) 
                        afi_rdata_single_bit_error <= 1'b1;
                end
            end
        end
    end
endgenerate

/*------------------------------------------------------------------------------

    Debug Signals

------------------------------------------------------------------------------*/

reg do_ecc_r1;
reg do_partial_r1;

always @ (posedge ctl_clk or negedge ctl_reset_n)
begin
    if (!ctl_reset_n)
    begin
        do_ecc_r1     <= 1'b0;
        do_partial_r1 <= 1'b0;
    end
    else
    begin
        do_ecc_r1     <= do_ecc;
        do_partial_r1 <= do_partial;
    end
end

endmodule